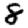
Digit: 8